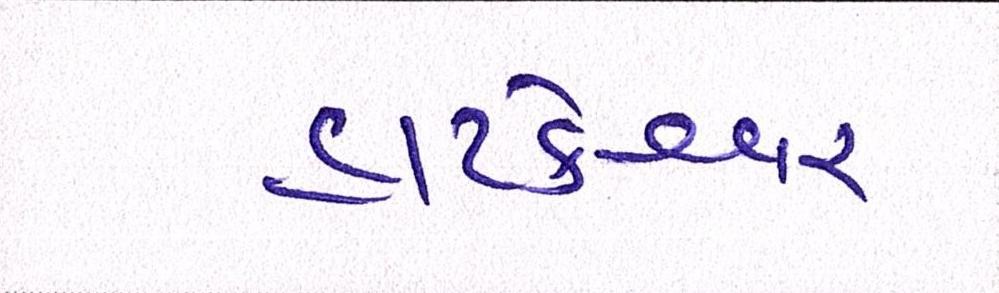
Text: હાટકેશ્વર